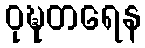
ဝုဍ္ဎတရေန